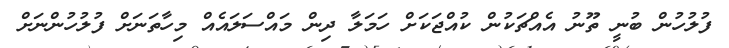
ފުލުހުން ބުނީ ތޫނު އެއްޗަކުން ކުއްޖަކަށް ހަމަލާ ދިން މައްސަލައެއް މިހާތަނަށް ފުލުހުންނަށް